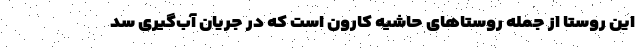
این روستا از جمله روستاهای حاشیه کارون است که در جریان آب‌گیری سد